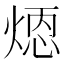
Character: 𪹄